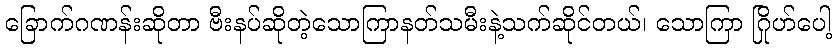
ခြောက်ဂဏန်းဆိုတာ ဗီးနပ်ဆိုတဲ့သောကြာနတ်သမီးနဲ့သက်ဆိုင်တယ်၊ သောကြာ ဂြိုဟ်ပေါ့